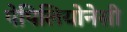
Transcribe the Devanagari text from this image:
पेपिलियोनेसी